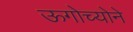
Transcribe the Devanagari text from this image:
ऊगोच्योने